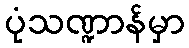
ပုံသဏ္ဍာန်မှာ